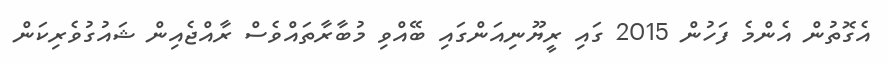
އެގޮތުން އެންމެ ފަހުން 2015 ގައި ރީޔޫނިއަންގައި ބޭއްވި މުބާރާތައްވެސް ރާއްޖެއިން ޝައުގުވެރިކަން